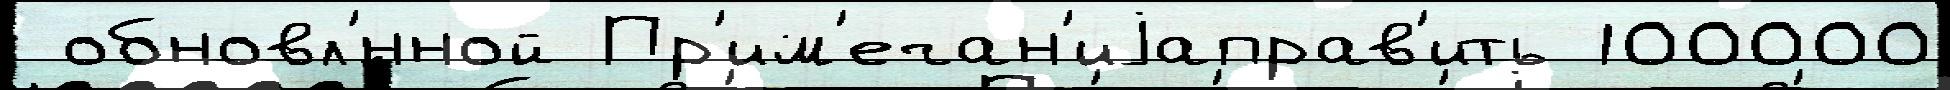
 обновл'́нной Пр'им'ечан'иjаправ'ить 100000